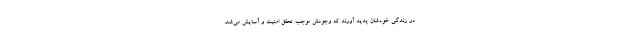
در زندگی خودشان پدید آورند که وجودش موجب تحقق امنیت و آسایش می‌شد.